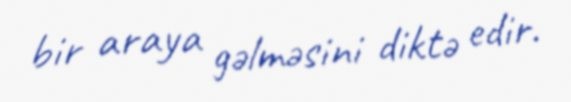
bir araya gəlməsini diktə edir.